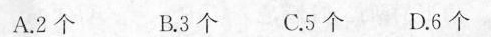
A.2个 B.3个 C.5个 D.6个